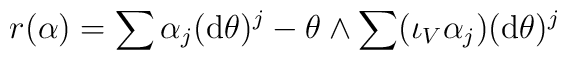
r(\alpha) = \sum \alpha_j ({\rm d}\theta)^j -               \theta \wedge \sum (\iota_V \alpha_j)({\rm d}\theta)^j